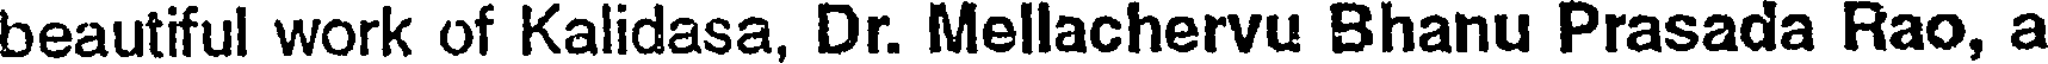
beautiful work of Kalidasa, Dr. Mellachervu Bhanu Prasada Rao, a